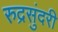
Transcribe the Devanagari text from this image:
रुद्रसुंदरी